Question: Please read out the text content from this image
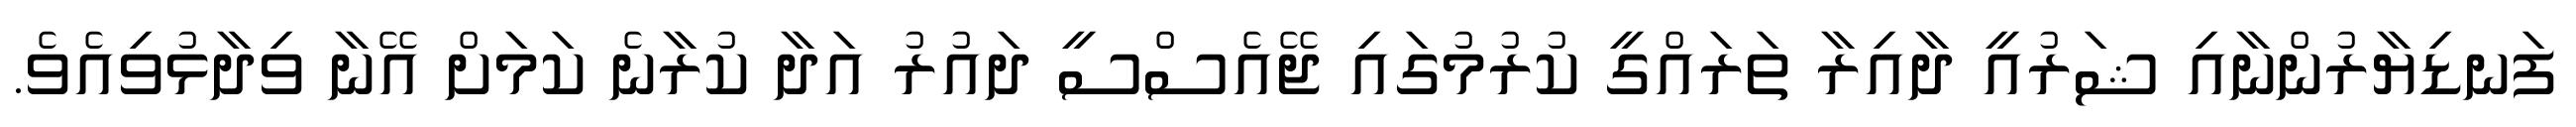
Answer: ފަނޑިޔާރުންނާއި ޝަރުއީ ދާއިރާ ތަރައްގީ ކުރުމުގައި ޖޭއެސްސީ ދައުރު އަދާ ކުރާނެ ކަމަށް އޭނާ ވިދާޅުވިއެވެ.